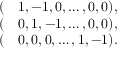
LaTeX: \begin{array} { r l } { ( } & { { } 1 , - 1 , 0 , \dots , 0 , 0 ) , } \\ { ( } & { { } 0 , 1 , - 1 , \dots , 0 , 0 ) , } \\ { ( } & { { } 0 , 0 , 0 , \dots , 1 , - 1 ) . } \end{array}